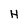
Character: H